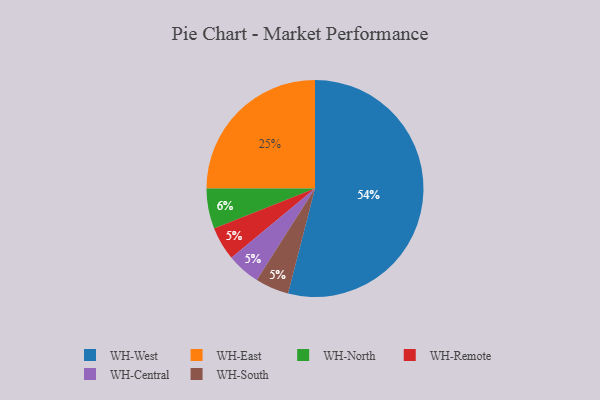
{"axis": {"x": "Category", "y": "Percentage"}, "legend": ["WH-Central", "WH-East", "WH-North", "WH-Remote", "WH-South", "WH-West"], "data": [{"x": "WH-Remote", "y": 5, "type": "WH-Remote"}, {"x": "WH-East", "y": 25, "type": "WH-East"}, {"x": "WH-West", "y": 54, "type": "WH-West"}, {"x": "WH-Central", "y": 5, "type": "WH-Central"}, {"x": "WH-North", "y": 6, "type": "WH-North"}, {"x": "WH-South", "y": 5, "type": "WH-South"}]}